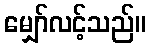
မျှော်လင့်သည်။